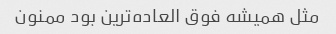
مثل همیشه فوق العاده‌ترین بود ممنون